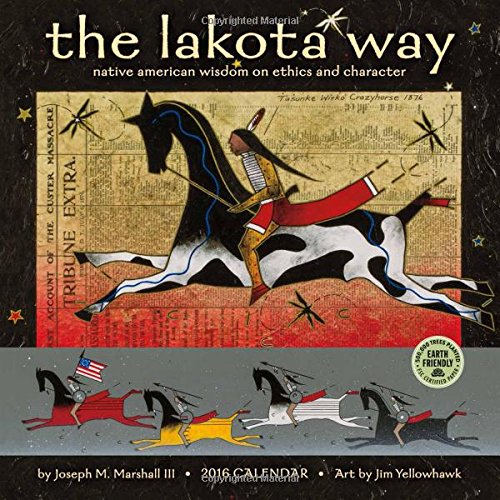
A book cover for The Lakota Way 2016 Wall Calendar: Native American Wisdom on Ethics and Character; Joseph M. Marshall III; Calendars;